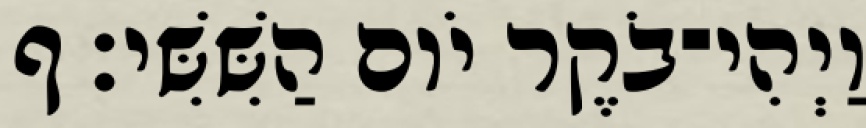
וַיְהִי־בֹקֶר יֹום הַשִּׁשִּׁי׃ ף